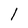
Character: l